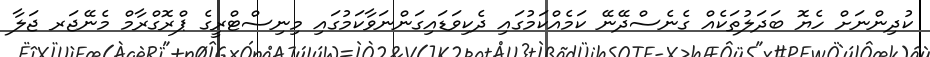
ކުދިންނަށް ހެޔޮ ބަދަލުތަކެއް ގެނެސްދޭނޭ ކަމެއްކަމުގައި ދެކިވަޑައިގަންނަވާކަމުގައި މިނިސްޓްރީގެ ޕްރޮގްރާމް މެނޭޖަރ ޖަލާ